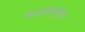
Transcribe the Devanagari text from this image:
फाइबरयुक्त